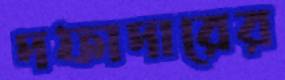
দফাদারের